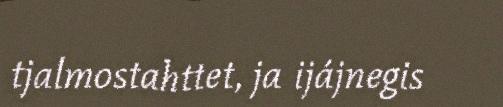
tjalmostahttet, ja ijájnegis